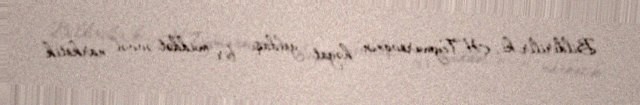
Bildirilir ki, H.Teymurovanın həyat yoldaşı bir müddət əvvəl narkotik